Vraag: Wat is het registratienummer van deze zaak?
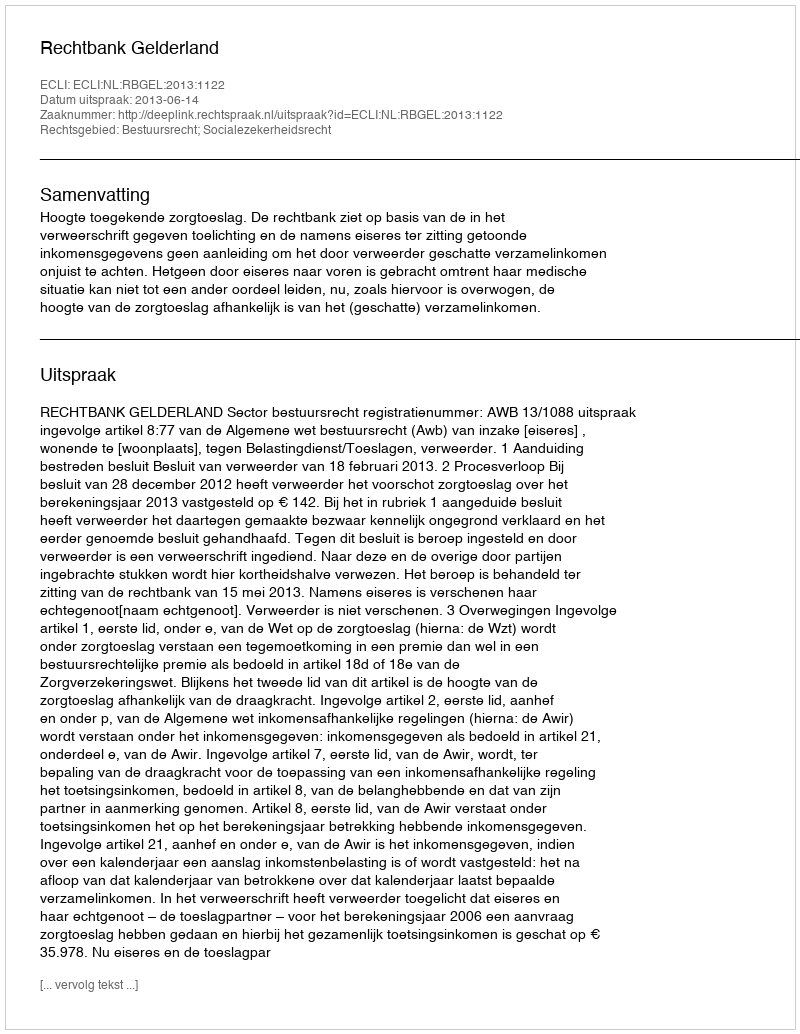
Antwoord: http://deeplink.rechtspraak.nl/uitspraak?id=ECLI:NL:RBGEL:2013:1122